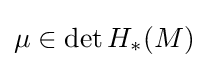
\mu \in \det H_{*}(M)